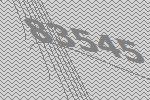
83545